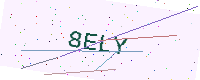
Text: 8ELY